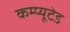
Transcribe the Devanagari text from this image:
कम्प्यूटेड